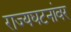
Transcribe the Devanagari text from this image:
राज्यघटनांवर